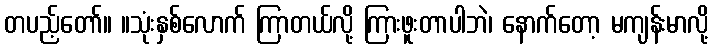
တပည့်တော်။ ။သုံးနှစ်လောက် ကြာတယ်လို့ ကြားဖူးတာပါဘဲ၊ နောက်တော့ မကျန်းမာလို့